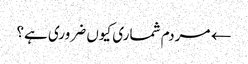
← مردم شماری کیوں ضروری ہے؟